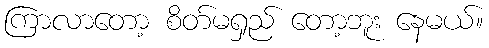
ကြာလာတော့ စိတ်မရှည် တော့ဘူး နေမယ်။